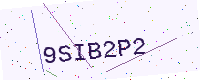
Text: 9SIB2P2